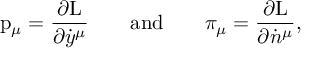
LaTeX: \mathrm { p } _ { \mu } = \frac { \partial \mathrm { L } } { \partial \dot { y } ^ { \mu } } \qquad \mathrm { a n d } \qquad \pi _ { \mu } = \frac { \partial \mathrm { L } } { \partial \dot { n } ^ { \mu } } ,